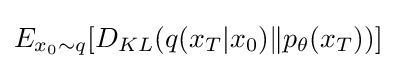
E_{x_{0}\sim q}[D_{KL}(q(x_{T}|x_{0})\|p_{\theta }(x_{T}))]